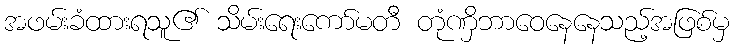
အဖမ်းခံထားရသူ၏ သိမ်းရေးကော်မတီ တုံဏှိဘာဝေနေနေသည့်အဖြစ်မှ